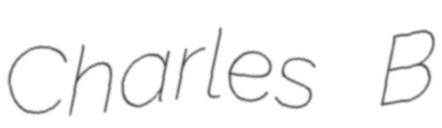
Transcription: Charles B